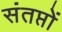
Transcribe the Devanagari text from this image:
संतप्तों